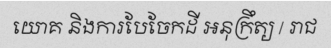
យោគ និងការបែចែកដី អនុក្រឹត្យ / រាជ